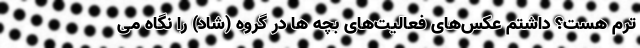
ترم هست؟ داشتم عکس‌های فعالیت‌های بچه ها در گروه (شاد) را نگاه می